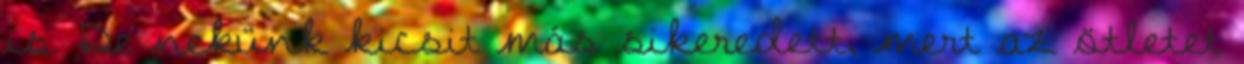
is. De nekünk kicsit más sikeredett, mert az ötletet